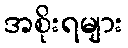
အစိုးရများ